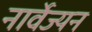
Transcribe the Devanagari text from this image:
नार्वेज्यन